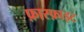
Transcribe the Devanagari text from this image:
फ़ास्फ़ाइट